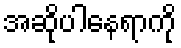
အဆိုပါနေရာကို